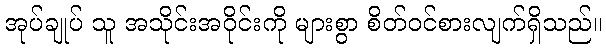
အုပ်ချုပ် သူ အသိုင်းအဝိုင်းကို များစွာ စိတ်ဝင်စားလျက်ရှိသည်။